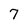
Character: 7